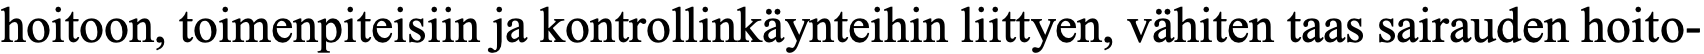
hoitoon, toimenpiteisiin ja kontrollinkäynteihin liittyen, vähiten taas sairauden hoito-